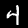
Label: 4